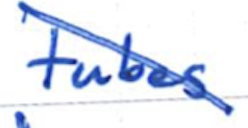
Text: tubes
Cross-out: diagonal
Writing tool: ballpoint